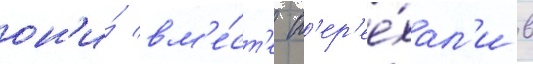
он'и́ вм'е́ст'е п'ер'ее́хал'и в